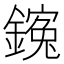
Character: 䥉